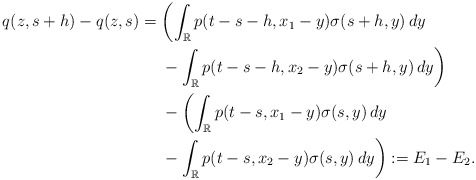
\begin{align*}q(z,s+h)-q(z,s)={}& \biggl(\int_{\mathbb R} {p}(t-s-h,x_1-y)\sigma(s+h,y)\, dy\\&{}-\int_{\mathbb R} {p}(t-s-h, x_2-y)\sigma(s+h,y)\,dy\biggr)\\&{}- \biggl(\int_{\mathbb R}{p}(t-s, x_1-y)\sigma(s,y)\,dy\\&{}-\int_{\mathbb R} {p}(t-s, x_2-y)\sigma(s,y)\,dy\biggr) :=E_1-E_2.\end{align*}